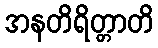
အနတိရိတ္တာတိ